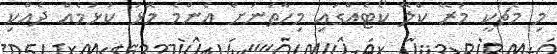
މި މެޗަކީ މުރޭ ކްލޭ ކޯޓެއްގައި މިހާތަނަށް އެންމެ މޮޅު ކުޅުމެއް ދެއްކި